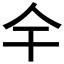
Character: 𫢉